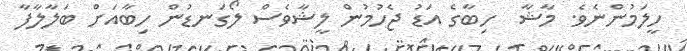
ހީލަމުންނެވެ. މާޝާ  ހިބާގެ އަޑު ޖެހުމުން ލީޝާވެސް ލޯގަނޑުން ހިބާއަށް ބަލާލާފާ